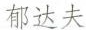
郁达夫